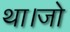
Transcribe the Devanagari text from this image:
था।जो